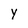
Character: y